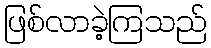
ဖြစ်လာခဲ့ကြသည်